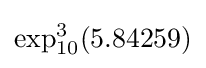
\exp _{10}^{3}(5.84259)